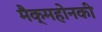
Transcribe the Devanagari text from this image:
मैक्‌महोनकी